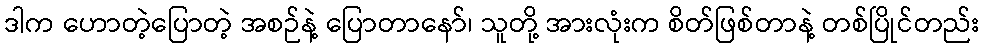
ဒါက ဟောတဲ့ပြောတဲ့ အစဉ်နဲ့ ပြောတာနော်၊ သူတို့ အားလုံးက စိတ်ဖြစ်တာနဲ့ တစ်ပြိုင်တည်း